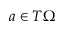
a \in T \Omega